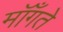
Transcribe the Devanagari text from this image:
मॉँगते